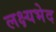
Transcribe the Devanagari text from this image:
लक्ष्यभेद